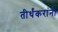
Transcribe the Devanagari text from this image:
तीर्थंकरांनी